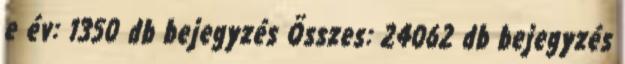
e év: 1350 db bejegyzés Összes: 24062 db bejegyzés